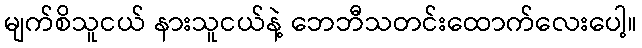
မျက်စိသူငယ် နားသူငယ်နဲ့ ဘေဘီသတင်းထောက်လေးပေါ့။